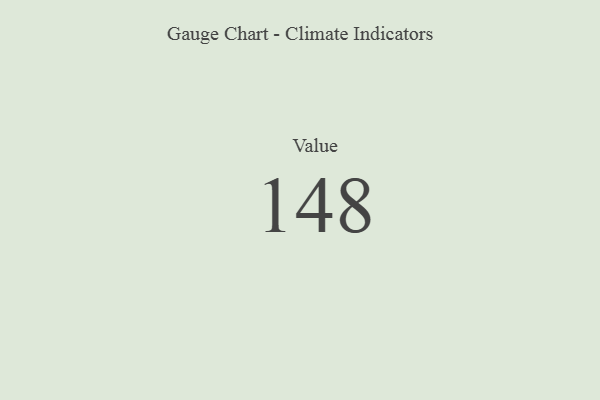
{"axis": {"x": "Metric", "y": "Value"}, "legend": [""], "data": [{"x": "Value", "y": 148, "type": ""}]}